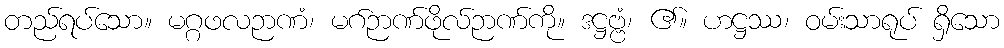
တည်ရပ်သော။ မဂ္ဂဖလဉာဏံ၊ မဂ်ဉာဏ်ဖိုလ်ဉာဏ်ကို။ ဒဋ္ဌဗ္ဗံ၊ ၏။ ဟဋ္ဌဿ၊ ဝမ်းသာရုပ် ရှိသော